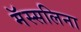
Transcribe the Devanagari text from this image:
मॅस्सलिना